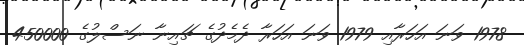
1978 ވަނަ އަހަރާއި 1979 ވަނަ އަހަރާ ދެމެދުގެ ޗައިނާ ނަސްލުގެ 450000